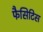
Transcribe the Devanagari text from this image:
फैसिटिस